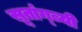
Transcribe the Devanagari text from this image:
सूतांग्ब्यी